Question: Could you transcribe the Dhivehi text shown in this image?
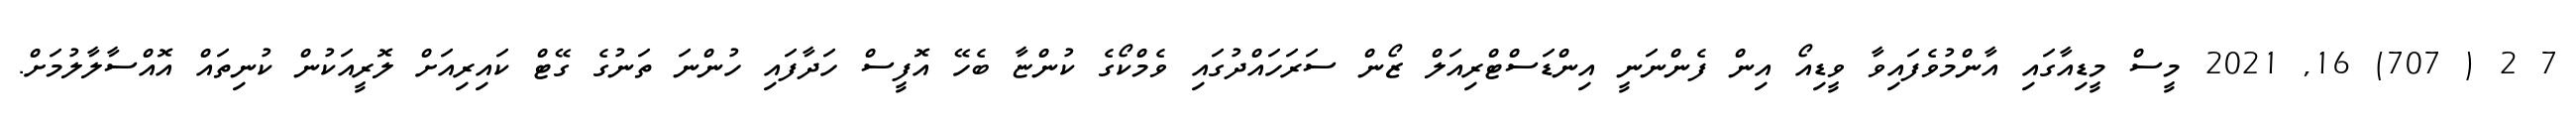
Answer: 7 2 ( 707) 16, 2021 މީސް މީޑިއާގައި އާންމުވެފައިވާ ވީޑިއޯ އިން ފެންނަނީ އިންޑަސްޓްރިއަލް ޒޯން ސަރަހައްދުގައި ވެމްކޯގެ ކުންޏާ ބެހޭ އޮފީސް ހަދާފައި ހުންނަ ތަނުގެ ގޭޓް ކައިރިއަށް ލޮރީއަކުން ކުނިތައް އޮއްސާލާލުމަށް.